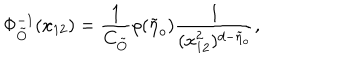
\Phi _ { \tilde { O } } ^ { - 1 } ( x _ { 1 2 } ) = \frac { 1 } { C _ { \tilde { O } } } \rho ( \tilde { \eta } _ { o } ) \frac { 1 } { ( x _ { 1 2 } ^ { 2 } ) ^ { d - \tilde { \eta } _ { o } } } ,